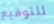
للتوقيع